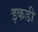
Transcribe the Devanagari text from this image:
इकडी